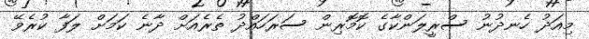
މިއަދު ހެނދުނު ސްރީލަންކާގެ ކޮމޮރިން ސަރަހައްދު ތެރެއަށް ދާނެ ކަމަށް ލަފާ ކުރެވޭ